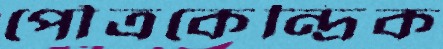
পৌত্রকেন্দ্রিক